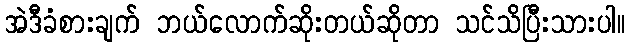
အဲဒီခံစားချက် ဘယ်လောက်ဆိုးတယ်ဆိုတာ သင်သိပြီးသားပါ။